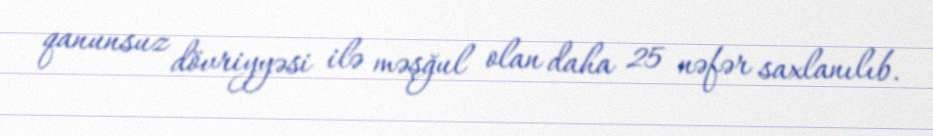
qanunsuz dövriyyəsi ilə məşğul olan daha 25 nəfər saxlanılıb.